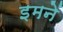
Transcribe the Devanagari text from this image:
इमनें